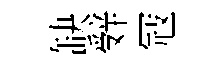
缺辤冦